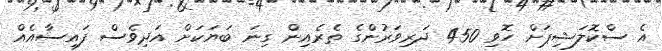
އެ ސްކޮލަޝިޕަށް ހޮވި 450 ދަރިވަރުންގެ ތެރެއިން ގިނަ ބަޔަކަށް އަދިވެސް ފައިސާއެއް